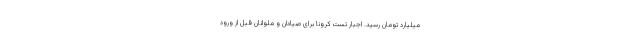
میلیارد تومان رسید. اجبار تست کرونا برای صیادان و ملوانان قبل از ورود